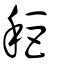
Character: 秬